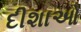
દીશાઓ